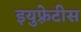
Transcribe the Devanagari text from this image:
इयुफ़्रेटीस